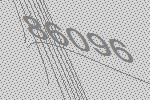
86096